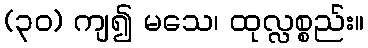
(၃၀) ကျ၍ မသေ၊ ထုလ္လစ္စည်း။